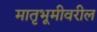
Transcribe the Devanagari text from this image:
मातृभूमीवरील